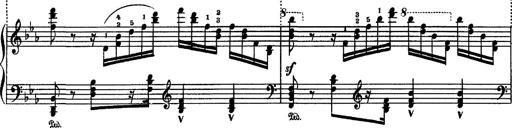
Title: Fantaisie sur des motifs favoris de l'opÃ©ra 'La sonnambula'
Composer: Franz Liszt